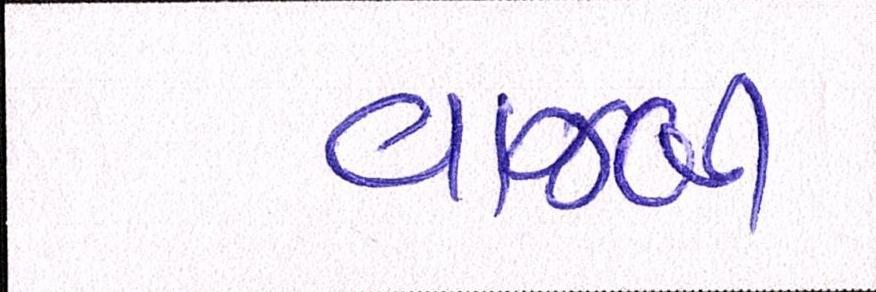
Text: વાજબી